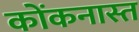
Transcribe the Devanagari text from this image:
कोंकनास्त